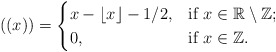
\begin{align*}((x))=\begin{cases}x-\lfloor x\rfloor - 1/2, &\mbox{if }x\in\mathbb{R}\setminus\mathbb{Z};\\0,&\mbox{if }x\in\mathbb{Z}.\end{cases}\end{align*}